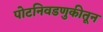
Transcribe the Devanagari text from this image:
पोटनिवडणुकीतून